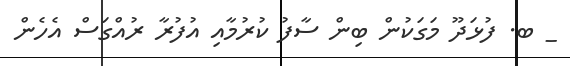
_ ބ. ފުޅަދޫ މަގަކުން ބިން ސާފު ކުރުމާއި އުފުރާ ރުއްގަސް އެހެން